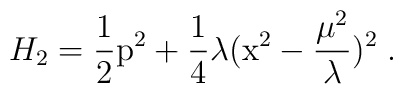
H_2=\frac{1}{2} {\rm p}^2 +\frac{1}{4} \lambda ({\rm x}^2 - \frac{\mu^2}{\lambda})^2\; .